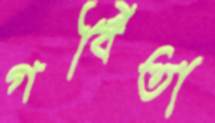
গর্বিতা